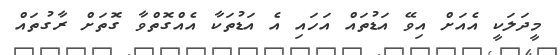
މީދަލަކީ އެއަށް އިވޭ އަޑުތައް އަހައި އެ އަޑުތަކާ އެއްގޮތްވާ ގޮތަށް ރާގުތައް